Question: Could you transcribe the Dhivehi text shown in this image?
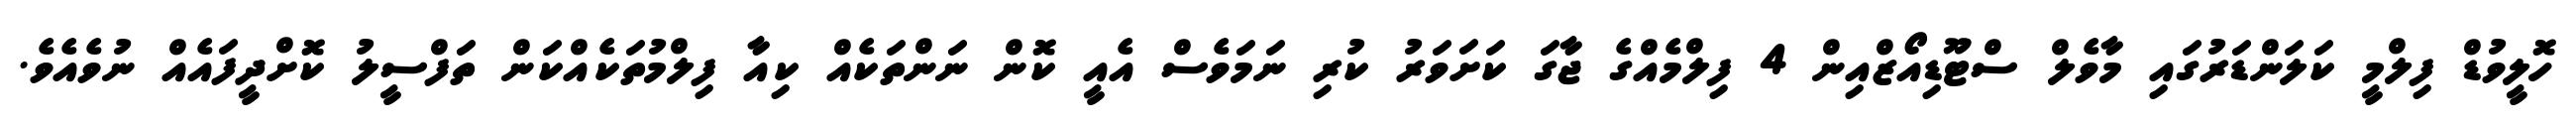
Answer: ހޮލީވުޑް ފިލްމީ ކަލަންޑަރުގައި މާވެލް ސްޓޫޑިއޯޒްއިން 4 ފިލްމެއްގެ ޖާގަ ކަށަވަރު ކުރި ނަމަވެސް އެއީ ކޮން ނަންތަކެއް ކިއާ ފިލްމުތަކެއްކަން ތަފްސީލު ކޮށްދީފައެއް ނުވެއެވެ.